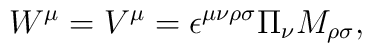
W^{\mu} = V^{\mu} = \epsilon^{\mu \nu \rho \sigma } \Pi_{\nu} M_{\rho \sigma},